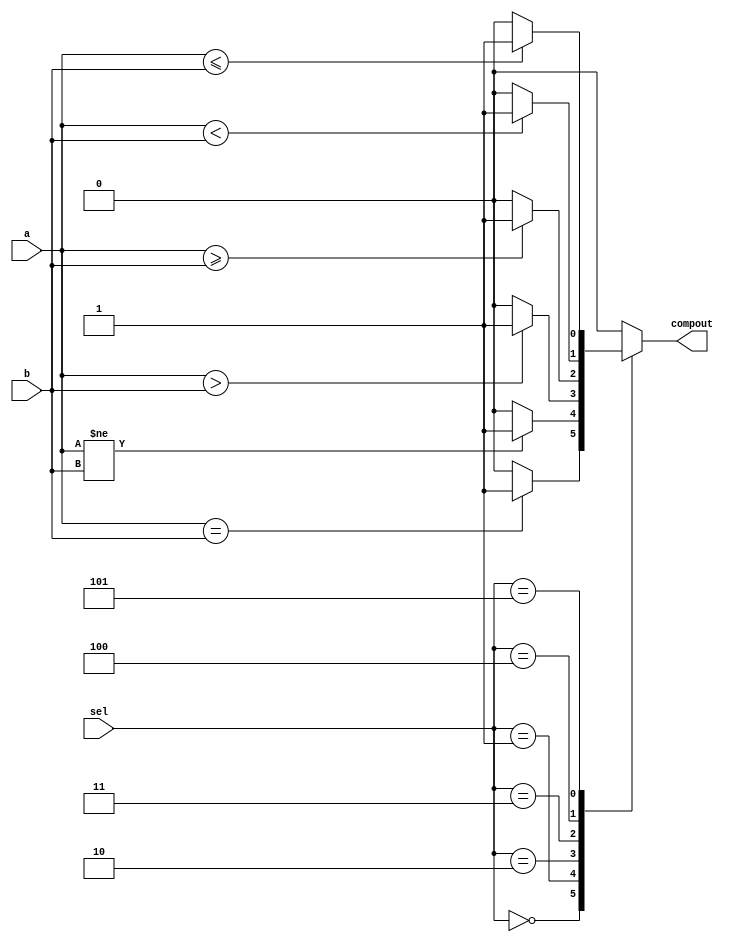
module CMP_V(
	input wire [15:0]a,
	input wire [15:0]b,
	input wire [2:0]sel,
	output reg compout
);
localparam eq=0,neq=1,gt=2,gte=3,lt=4,lte=5;
always @(a or b or sel)
	case(sel)
		eq:if(a==b) compout<=1;else compout<=0;	
		neq:if(a!=b)compout<=1;else compout<=0;
		gt:if(a>b)compout<=1;else compout<=0;
		gte:if(a>=b)compout<=1;else compout<=0;
		lt:if(a<b)compout<=1;else compout<=0;
		lte:if(a<=b)compout<=1;else compout<=0;
		default:compout<=0;
	endcase
endmodule